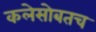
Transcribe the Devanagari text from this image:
कलेसोबतच